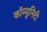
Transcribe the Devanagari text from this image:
कॉम्‍युनिटी